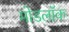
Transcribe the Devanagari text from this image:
मोडलॉक